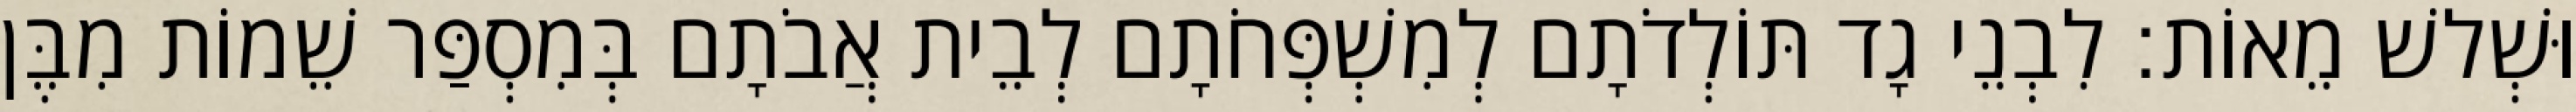
וּשְׁלשׁ מֵאוֹת׃ לִבְנֵי גָד תּוֹלְדֹתָם לְמִשְׁפְּחֹתָם לְבֵית אֲבֹתָם בְּמִסְפַּר שֵׁמוֹת מִבֶּן